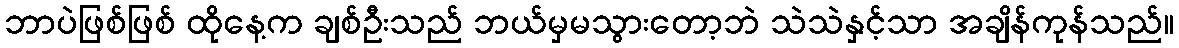
ဘာပဲဖြစ်ဖြစ် ထိုနေ့က ချစ်ဦးသည် ဘယ်မှမသွားတော့ဘဲ သဲသဲနှင့်သာ အချိန်ကုန်သည်။